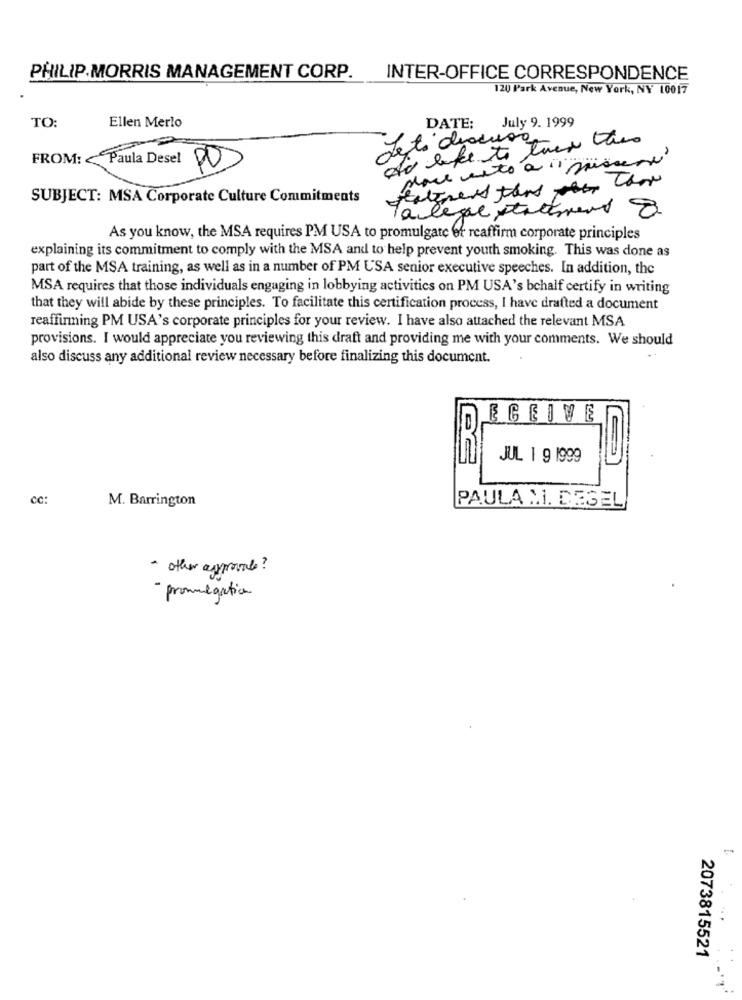
PHILIP MORRIS MANAGEMENT CORP.
INTER-OFFICE CORRESPONDENCE
120 Park Avenue, New York, NY 10017
TO:
Ellen Merlo
DATE:
July 9. 1999
do like to twee there
Je ti diacura
FROM: < Paula Desel
place meto à " spissenn"
20
PO
SUBJECT: MSA Corporate Culture Commitments
la lege statement 8
As you know, the MSA requires PM USA to promulgate et reaffirm corporate principles
explaining its commitment to comply with the MSA and to help prevent youth smoking. This was done as
part of the MSA training, as well as in a number of PM USA senior executive speeches. In addition, the
MSA requires that those individuals engaging in lobbying activities on PM USA's bchalf certify in writing
that they will abide by these principles. To facilitate this certification process, I have drafted a document
reaffirming PM USA's corporate principles for your review. I have also attached the relevant MSA
provisions. I would appreciate you reviewing this draft and providing me with your comments. We should
also discuss any additional review necessary before finalizing this document.
ECEIVE
JUL 1 9 1999
CC:
M. Barrington
PAULA M. DEGEL
- other approval?
- promulgation
2073815521